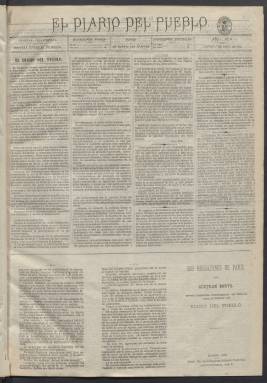
Título: El Diario del pueblo
Colección: Periódicos
Ámbito geográfico: Madrid
Lugar de publicación: Madrid
Fechas: 01/04/1872-07/02/1873